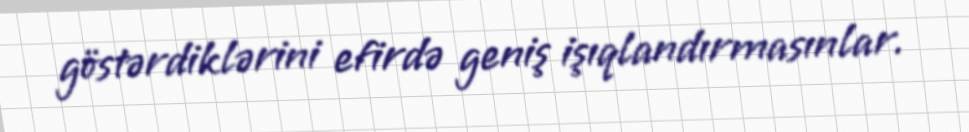
göstərdiklərini efirdə geniş işıqlandırmasınlar.